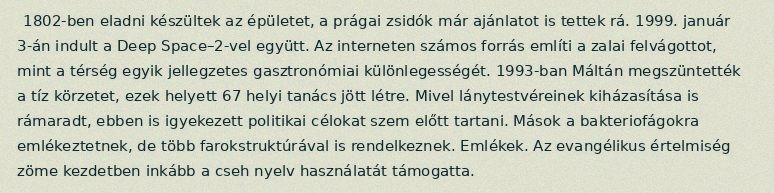
1802-ben eladni készültek az épületet, a prágai zsidók már ajánlatot is tettek rá. 1999. január 3-án indult a Deep Space–2-vel együtt. Az interneten számos forrás említi a zalai felvágottot, mint a térség egyik jellegzetes gasztronómiai különlegességét. 1993-ban Máltán megszüntették a tíz körzetet, ezek helyett 67 helyi tanács jött létre. Mivel lánytestvéreinek kiházasítása is rámaradt, ebben is igyekezett politikai célokat szem előtt tartani. Mások a bakteriofágokra emlékeztetnek, de több farokstruktúrával is rendelkeznek. Emlékek. Az evangélikus értelmiség zöme kezdetben inkább a cseh nyelv használatát támogatta.